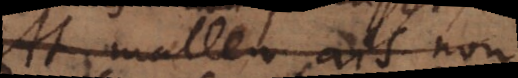
At mallem, ais non